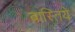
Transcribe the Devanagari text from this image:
बास्तिये